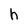
Character: h